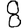
Digit: 8